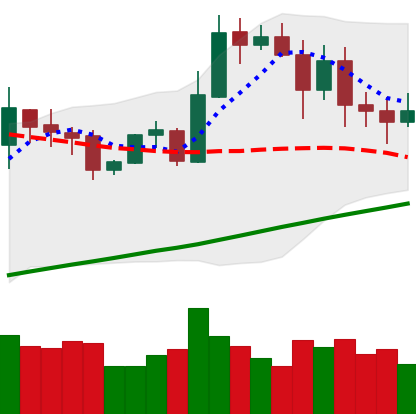
Ticker: ETH-USD
Chart end date: 2020-10-31
Forward return: 7.108%
Label: up_7plus